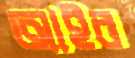
আইর